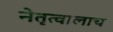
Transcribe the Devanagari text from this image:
नेतृत्वालाच